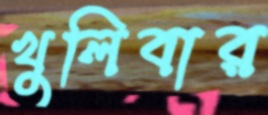
খুলিবার